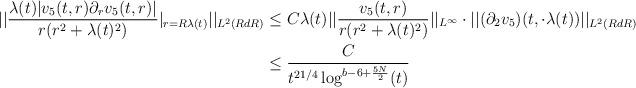
LaTeX: \begin{align*} ||\frac{\lambda(t) |v_{5}(t,r) \partial_{r}v_{5}(t,r)|}{r(r^{2}+\lambda(t)^{2})}\vert_{r = R\lambda(t)}||_{L^{2}( R dR)} &\leq C \lambda(t) ||\frac{v_{5}(t,r)}{r(r^{2}+\lambda(t)^{2})}||_{L^{\infty}} \cdot ||(\partial_{2}v_{5})(t,\cdot \lambda(t))||_{L^{2}(R dR)}\\&\leq \frac{C}{t^{21/4} \log^{b-6+\frac{5N}{2}}(t)}\end{align*}